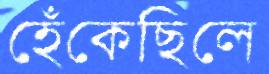
হেঁকেছিলে